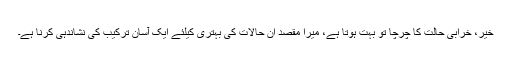
خیر، خرابی حالت کا چرچا تو بہت ہوتا ہے، میرا مقصد ان حالات کی بہتری کیلئے ایک آسان ترکیب کی نشاندہی کرنا ہے۔